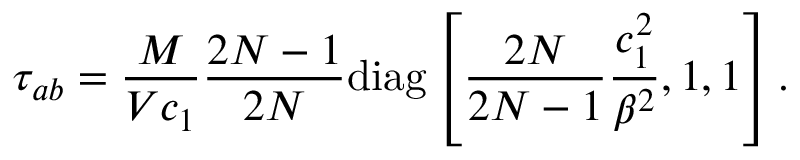
\tau _ { a b } = \frac { M } { V c _ { 1 } } \frac { 2 N - 1 } { 2 N } \mathrm { d i a g } \left[ \frac { 2 N } { 2 N - 1 } \frac { c _ { 1 } ^ { 2 } } { \beta ^ { 2 } } , 1 , 1 \right] .